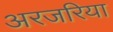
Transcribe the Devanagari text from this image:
अरजरिया